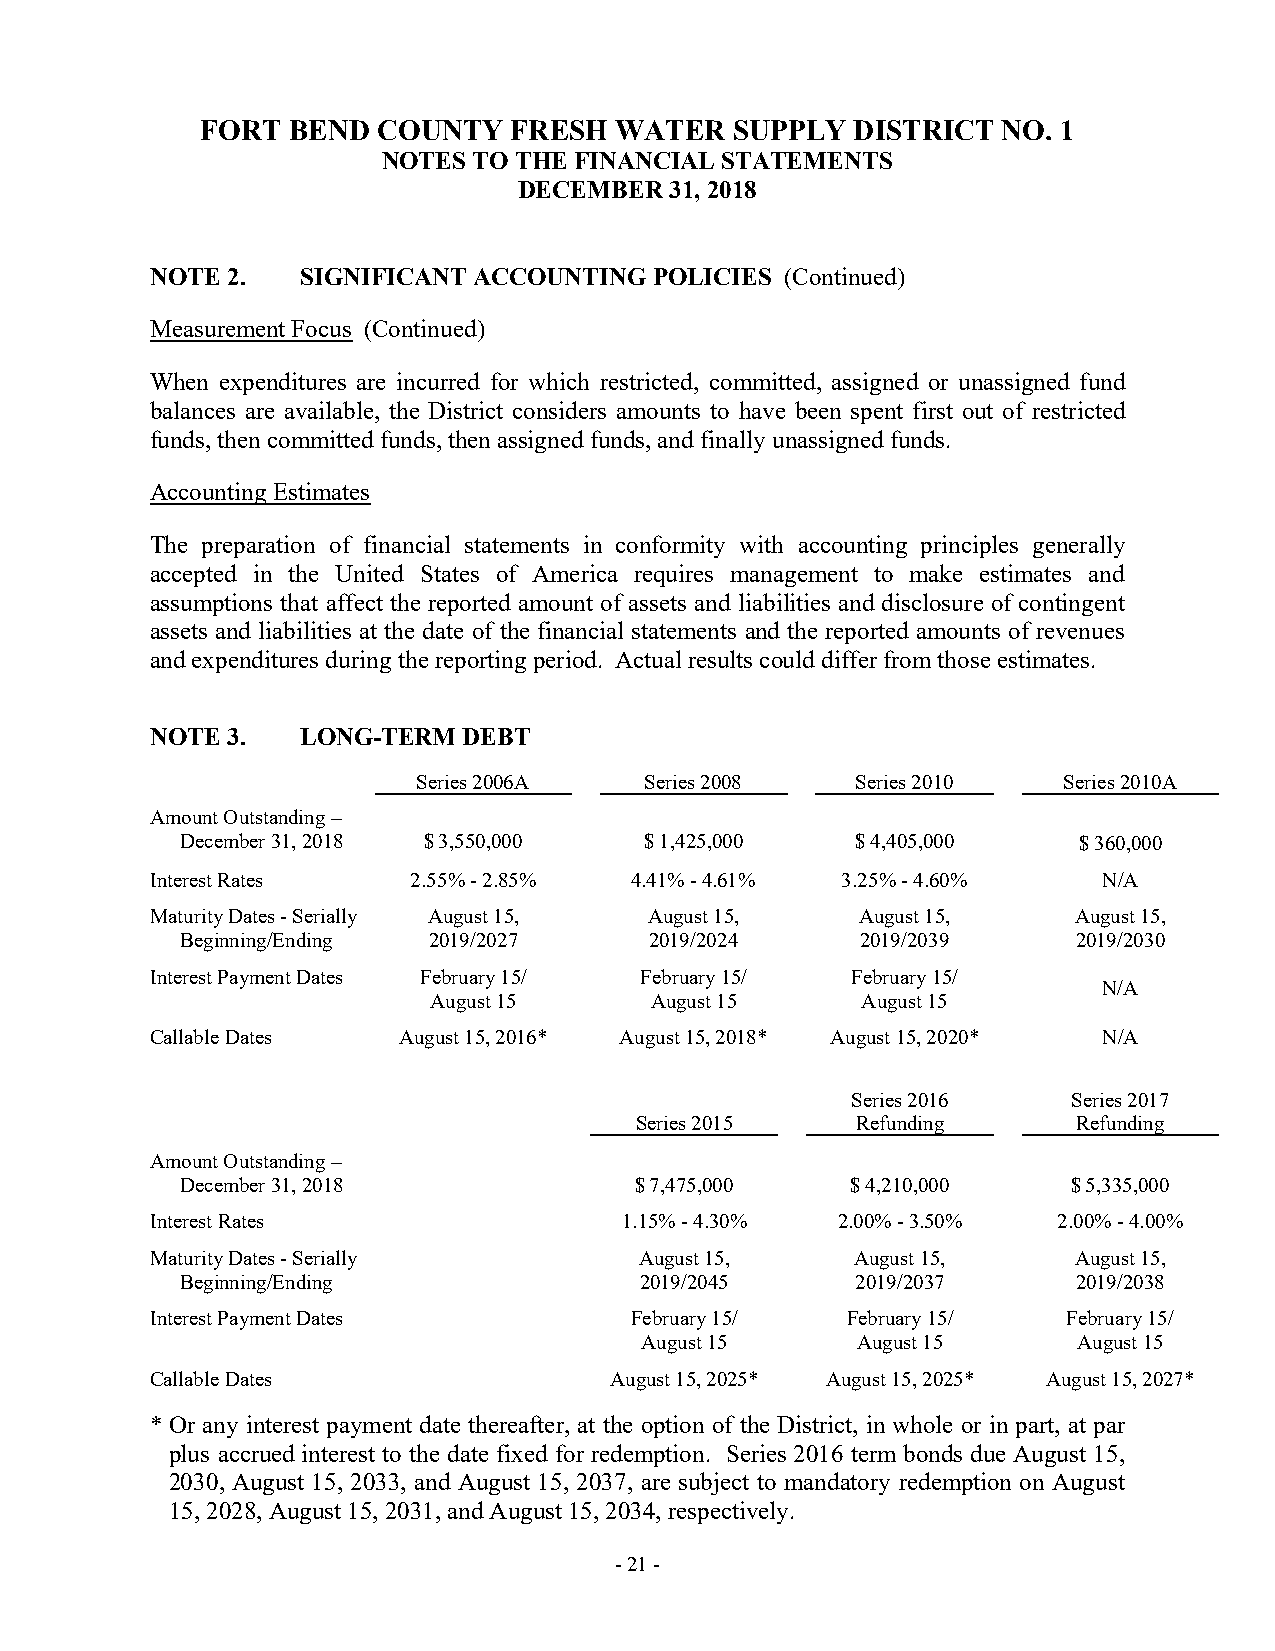
FORT  BEND  COUNTY   FRESH  WATER   SUPPLY  DISTRICT NO. 1
 NOTES TO THE FINANCIAL STATEMENTS
 DECEMBER  31, 2018
 NOTE 2.   SIGNIFICANT ACCOUNTING POLICIES (Continued)
 Measurement Focus (Continued)
 When expenditures are incurred for which restricted, committed, assigned or unassigned fund
 balances are available, the District considers amounts to have been spent first out of restricted
 funds, then committed funds, then assigned funds, and finally unassigned funds.
 Accounting Estimates
 The preparation of financial statements in conformity with accounting principles generally
 accepted in the United States of America requires management to make estimates and
 assumptions that affect the reported amount of assets and liabilities and disclosure of contingent
 assets and liabilities at the date of the financial statements and the reported amounts of revenues
 and expenditures during the reporting period. Actual results could differ from those estimates.
 NOTE 3.   LONG-TERM  DEBT
 Series 2006A   Series 2008   Series 2010  Series 2010A
 Amount Outstanding –
 December 31, 2018 $ 3,550,000  $ 1,425,000   $ 4,405,000   $360,000
 Interest Rates   2.55% - 2.85%  4.41%-4.61%   3.25% - 4.60%    N/A
 Maturity Dates - Serially August 15, August 15, August 15,   August 15,
 Beginning/Ending 2019/2027     2019/2024     2019/2039     2019/2030
 Interest Payment Dates February 15/ February 15/ February 15/
 N/A
 August 15      August 15     August 15
 Callable Dates  August 15, 2016* August 15, 2018* August 15, 2020* N/A
 Series 2016    Series 2017
 Series 2015    Refunding     Refunding
 Amount Outstanding –
 December 31, 2018             $7,475,000    $4,210,000     $5,335,000
 Interest Rates                 1.15% -4.30%  2.00% - 3.50%  2.00% -4.00%
 Maturity Dates - Serially       August 15,     August 15,    August 15,
 Beginning/Ending              2019/2045      2019/2037     2019/2038
 Interest Payment Dates          February 15/  February 15/   February 15/
 August 15      August 15     August 15
 Callable Dates                August 15, 2025* August 15, 2025* August 15, 2027*
 * Or any interest payment date thereafter, at the option of the District, in whole or in part, at par
 plus accrued interest to the date fixed for redemption. Series 2016 term bonds due August 15,
 2030, August 15, 2033, and August 15, 2037, are subject to mandatory redemption on August
 15, 2028, August 15, 2031, and August 15, 2034, respectively.
 - 21 -